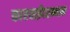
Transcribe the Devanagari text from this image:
कारवाईदरम्यान